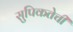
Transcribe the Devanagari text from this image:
सुपिकतेची